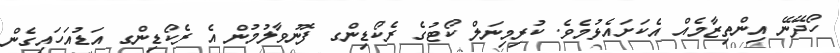
ހޯދޭނޭ އިންތިޒާމެއް އެކަށައެޅުމެވެ. ކުރިމިނަލް ކޯޓުގެ ރެކޯޑިންގ ފޮނުވާލުމުން އެ ރެކޯޑިންގ އަޑުއަހައިގެން